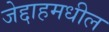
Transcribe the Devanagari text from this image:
जेद्दाहमधील